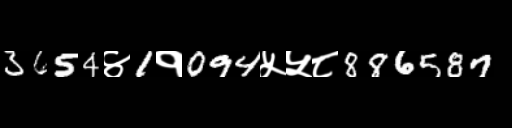
Text: 3654४1१094५५८886587